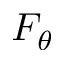
F _ { \theta }